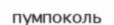
пумпоколь